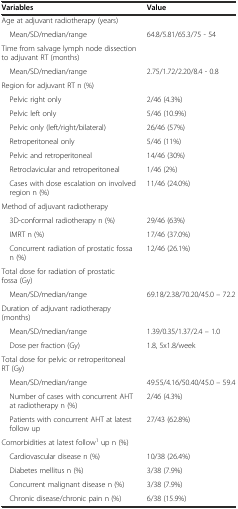
<table><thead><tr><td><b>Variables</b></td><td><b>Value</b></td></tr></thead><tbody><tr><td>Age at adjuvant radiotherapy (years)</td><td></td></tr><tr><td> Mean/SD/median/range</td><td>64.8/5.81/65.3/75 - 54</td></tr><tr><td>Time from salvage lymph node dissection to adjuvant RT (months)</td><td></td></tr><tr><td> Mean/SD/median/range</td><td>2.75/1.72/2.20/8.4 - 0.8</td></tr><tr><td>Region for adjuvant RT n (%)</td><td></td></tr><tr><td> Pelvic right only</td><td>2/46 (4.3%)</td></tr><tr><td> Pelvic left only</td><td>5/46 (10.9%)</td></tr><tr><td> Pelvic only (left/right/bilateral)</td><td>26/46 (57%)</td></tr><tr><td> Retroperitoneal only</td><td>5/46 (11%)</td></tr><tr><td> Pelvic and retroperitoneal</td><td>14/46 (30%)</td></tr><tr><td> Retroclavicular and retroperitoneal</td><td>1/46 (2%)</td></tr><tr><td> Cases with dose escalation on involved region n (%)</td><td>11/46 (24.0%)</td></tr><tr><td>Method of adjuvant radiotherapy</td><td></td></tr><tr><td> 3D-conformal radiotherapy n (%)</td><td>29/46 (63%)</td></tr><tr><td> IMRT n (%)</td><td>17/46 (37.0%)</td></tr><tr><td> Concurrent radiation of prostatic fossa n (%)</td><td>12/46 (26.1%)</td></tr><tr><td>Total dose for radiation of prostatic fossa (Gy)</td><td></td></tr><tr><td> Mean/SD/median/range</td><td>69.18/2.38/70.20/45.0 – 72.2</td></tr><tr><td>Duration of adjuvant radiotherapy (months)</td><td></td></tr><tr><td> Mean/SD/median/range</td><td>1.39/0.35/1.37/2.4 – 1.0</td></tr><tr><td> Dose per fraction (Gy)</td><td>1.8, 5x1.8/week</td></tr><tr><td>Total dose for pelvic or retroperitoneal RT (Gy)</td><td></td></tr><tr><td> Mean/SD/median/range</td><td>49.55/4.16/50.40/45.0 – 59.4</td></tr><tr><td> Number of cases with concurrent AHT at radiotherapy n (%)</td><td>2/46 (4.3%)</td></tr><tr><td> Patients with concurrent AHT at latest follow up</td><td>27/43 (62.8%)</td></tr><tr><td>Comorbidities at latest follow<sup>1</sup> up n (%)</td><td></td></tr><tr><td> Cardiovascular disease n (%)</td><td>10/38 (26.4%)</td></tr><tr><td> Diabetes mellitus n (%)</td><td>3/38 (7.9%)</td></tr><tr><td> Concurrent malignant disease n (%)</td><td>3/38 (7.9%)</td></tr><tr><td> Chronic disease/chronic pain n (%)</td><td>6/38 (15.9%)</td></tr></tbody></table>